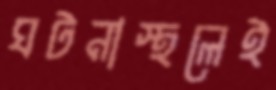
ঘটনাস্থলেই